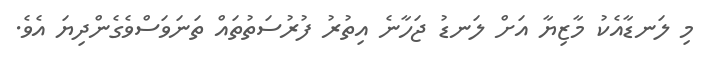
މި ލަނޑާއެކު މާޒިޔާ އަށް ލަނޑު ޖަހާނެ އިތުުރު ފުރުސަތުތައް ތަނަވަސްވެގެންދިިޔަ އެވެ.